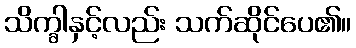
သိက္ခါနှင့်လည်း သက်ဆိုင်ပေ၏။